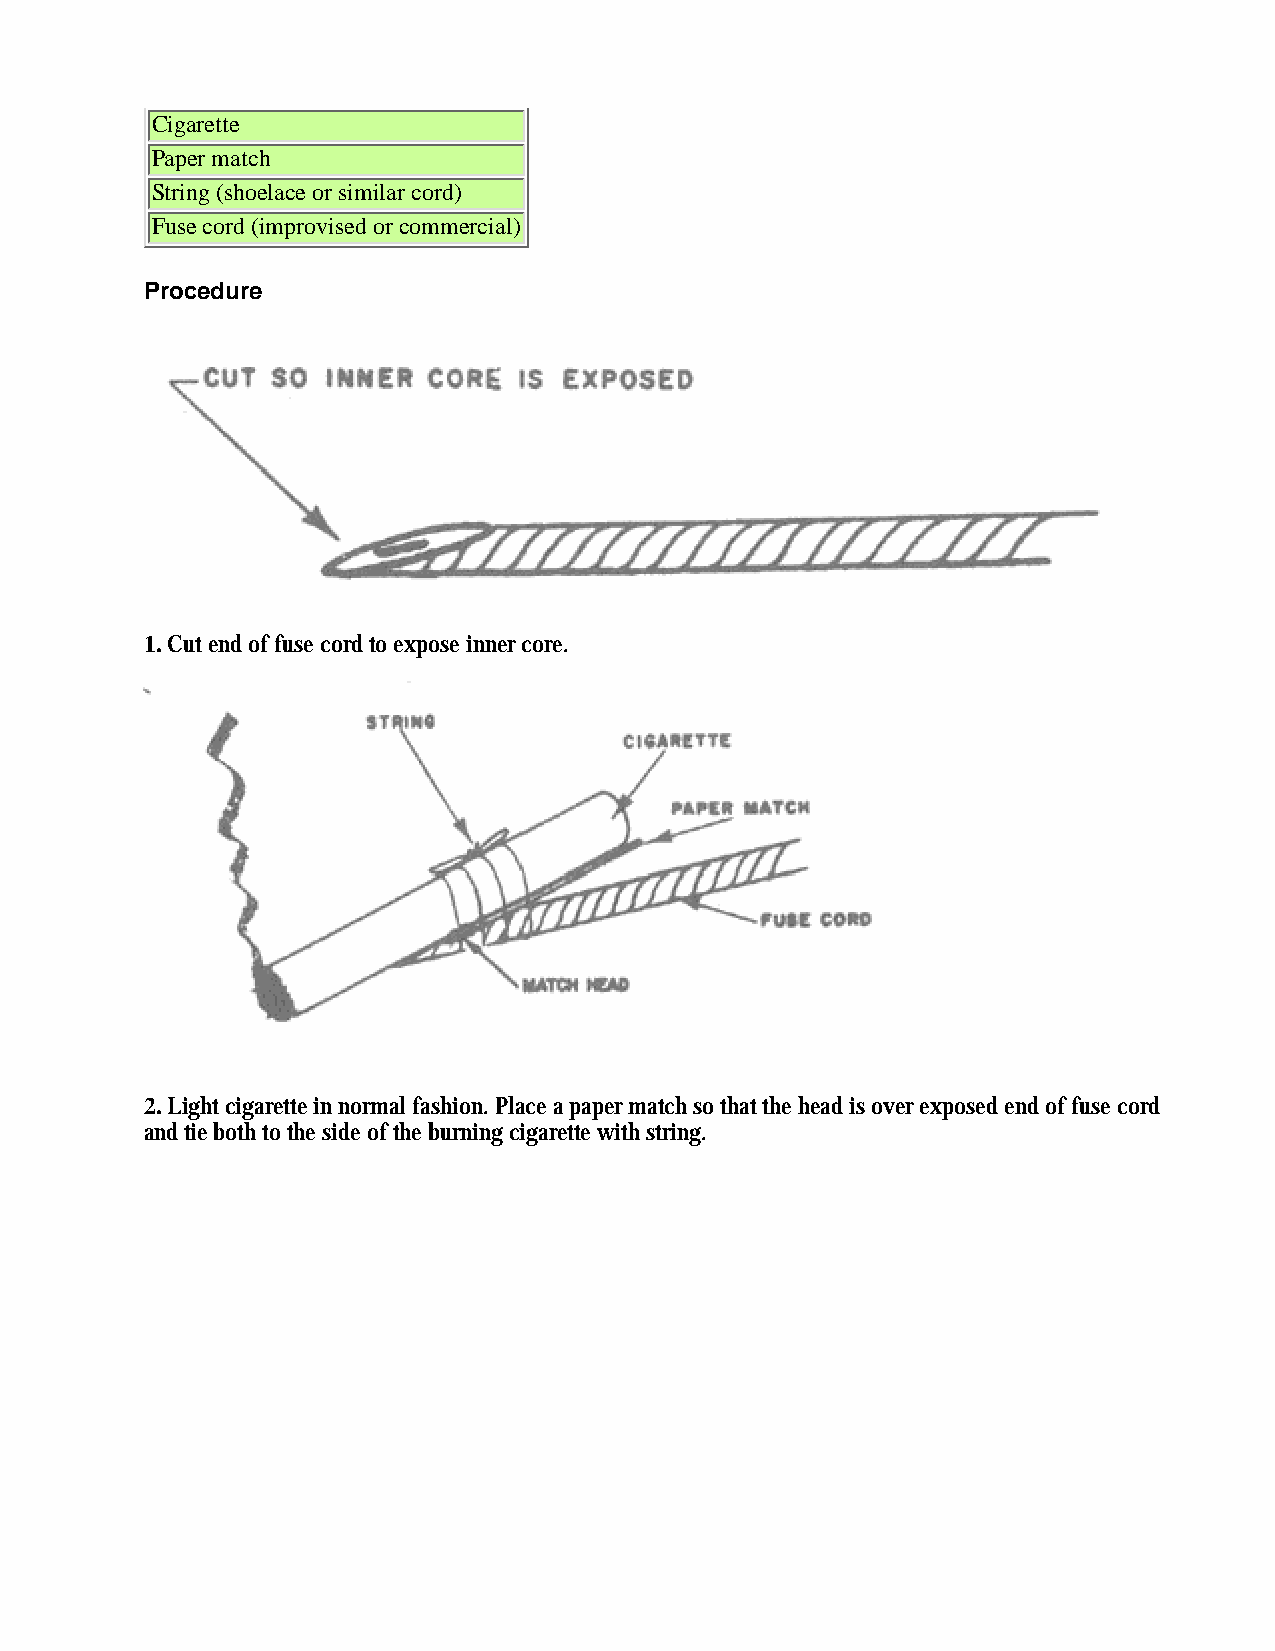
Cigarette
 Paper match
 String (shoelace or similar cord)
 Fuse cord (improvised or commercial)
 Procedure
 1. Cut end of fuse cord to expose inner core.
 2. Light cigarette in normal fashion. Place a paper match so that the head is over exposed end of fuse cord
 and tie both to the side of the burning cigarette with string.